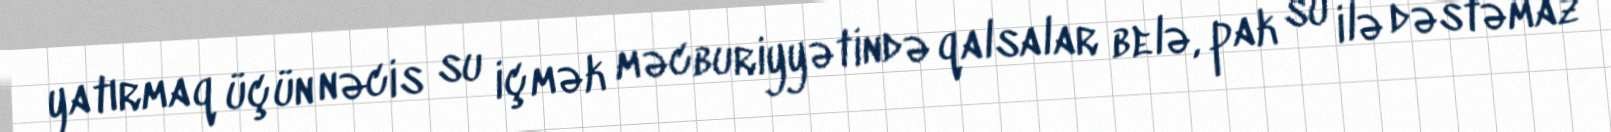
yatırmaq üçün nəcis su içmək məcburiyyətində qalsalar belə, pak su ilə dəstəmaz